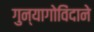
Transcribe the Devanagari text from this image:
गुन्यागोविंदाने